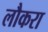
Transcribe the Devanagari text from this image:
लौकरा